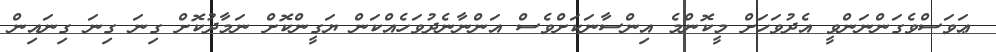
ޢަވަސްވެގަންނަންވީ އެދުވަހަށް މީކޮންމެ އިންސާނަކަށްވެސް އަންނާނެދުވަހެއްކަން ޔަގީންކޮށް ނަމާދުކޮށް ގިނަ ގިނަ ގިނައިން